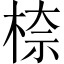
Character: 㮈